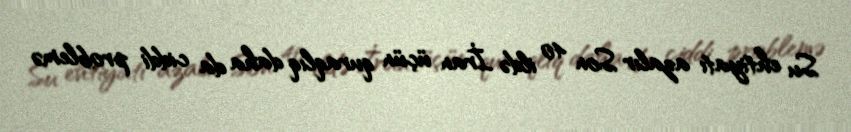
Su ehtiyatı azalır Son 40 ildə İran üçün quraqlıq daha da ciddi problemə